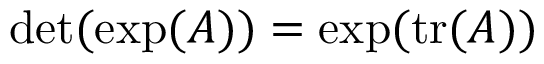
\operatorname* { d e t } ( \exp ( A ) ) = \exp ( \operatorname { t r } ( A ) )